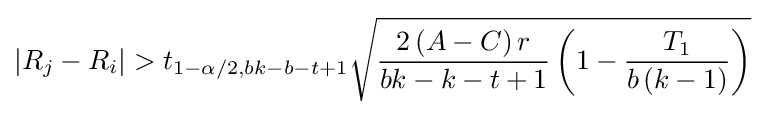
|R_{j}-R_{i}|>t_{1-\alpha /2,bk-b-t+1}{\sqrt {{\frac {2\left(A-C\right)r}{bk-k-t+1}}\left(1-{\frac {T_{1}}{b\left(k-1\right)}}\right)}}